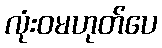
လုံးဝမဟုတ်ပေ